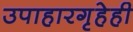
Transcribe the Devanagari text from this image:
उपाहारगृहेही